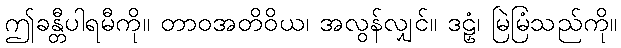
ဤခန္တီပါရမီကို။ တာဝအတိဝိယ၊ အလွန်လျှင်။ ဒဠှံ၊ မြဲမြံသည်ကို။